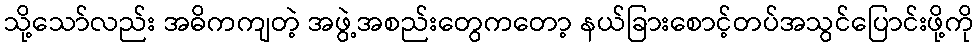
သို့သော်လည်း အဓိကကျတဲ့ အဖွဲ့အစည်းတွေကတော့ နယ်ခြားစောင့်တပ်အသွင်ပြောင်းဖို့ကို